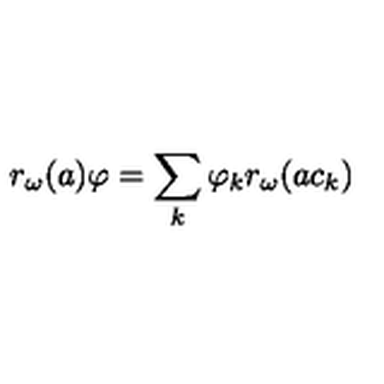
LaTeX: r _ { \omega } ( a ) \varphi = \sum _ { k } \varphi _ { k } r _ { \omega } ( a c _ { k } )